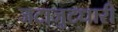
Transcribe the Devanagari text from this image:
जटाजुटधारी